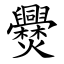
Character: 㸑